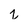
Character: z